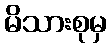
မိသားစုမှ